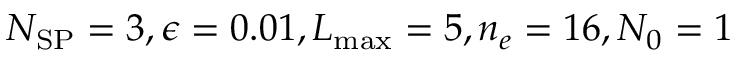
N _ { \mathrm { S P } } = 3 , \epsilon = 0 . 0 1 , L _ { \operatorname* { m a x } } = 5 , n _ { e } = 1 6 , N _ { 0 } = 1